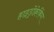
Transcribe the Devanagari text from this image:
हाइड्रोक्रेकिंग